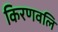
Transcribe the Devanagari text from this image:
किरणवलि